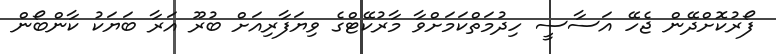
ފޯރުކޮށްދޭން ޖެހޭ އަސާސީ ހިދުމަތްކަމަށްވާ މާރުކޭޓްގެ ވިޔަފާރިއަށް ބުރޫ އަރާ ބަޔަކު ކާންބޯން